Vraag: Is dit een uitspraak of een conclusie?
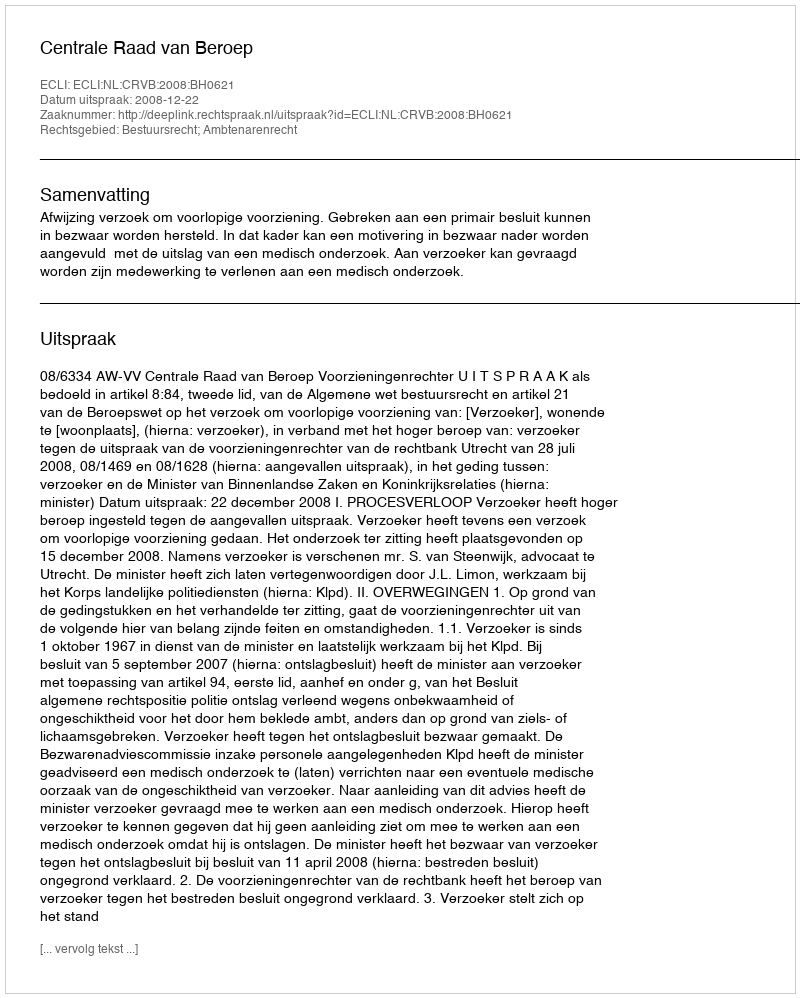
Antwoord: Uitspraak